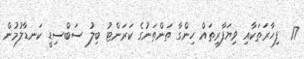
17  ފިހާރަތަކާއި ވިޔަފާރިތައް ހިންގާ ތަންތަނުގެ ކަރަންޓު ބިލު ސަބްސިޑީ ކަނޑާލުމުން